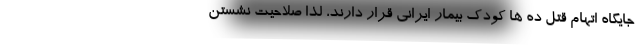
جایگاه اتهام قتل ده ها کودک بیمار ایرانی قرار دارند، لذا صلاحیت نشستن